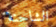
الشاحنة